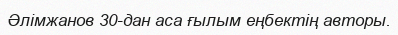
Әлімжанов 30-дан аса ғылым еңбектің авторы.